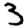
Digit: 3